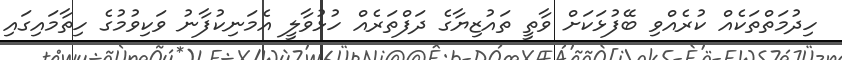
ހިދުމަތްތަކެއް ކުރެއްވި ބޭފުޅަކަށް ވާތީ ތައުޒިޔާގެ ދަފްތަރެއް ހުޅުވާލީ އެމަނިކުފާނު ވަކިވުމުގެ ހިތާމައިގައި